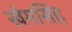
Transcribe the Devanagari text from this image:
खेमसिंह